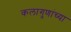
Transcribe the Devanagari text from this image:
कलागुणांच्या